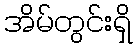
အိမ်တွင်းရှိ